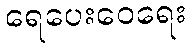
ရေပေးဝေရေး